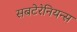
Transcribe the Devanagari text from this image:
सबटेरेनियन्स